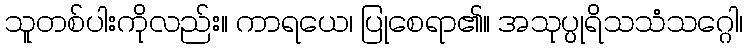
သူတစ်ပါးကိုလည်း။ ကာရယေ၊ ပြုစေရာ၏။ အသုပ္ပုရိသသံသဂ္ဂေါ၊